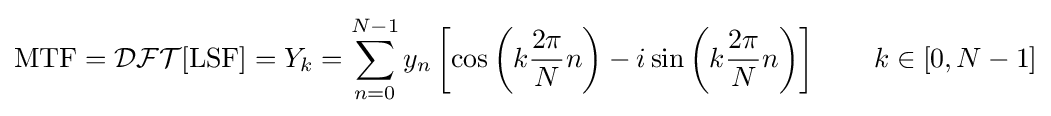
\operatorname {MTF} ={\mathcal {DFT}}[\operatorname {LSF} ]=Y_{k}=\sum _{n=0}^{N-1}y_{n}\left[\cos \left(k{\frac {2\pi }{N}}n\right)-i\sin \left(k{\frac {2\pi }{N}}n\right)\right]\qquad k\in [0,N-1]